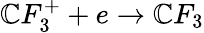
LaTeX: \mathbb{C}F_{3}^{+}+e\rightarrow\mathbb{C}F_{3}